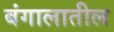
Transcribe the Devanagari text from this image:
बंगालातील